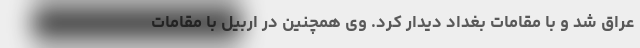
عراق شد و با مقامات بغداد دیدار کرد. وی همچنین در اربیل با مقامات